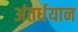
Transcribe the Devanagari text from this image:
अंतर्धयान